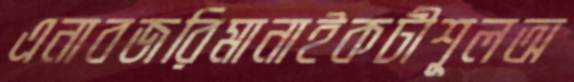
এনাবজরিমানাইকটীশূলঅ